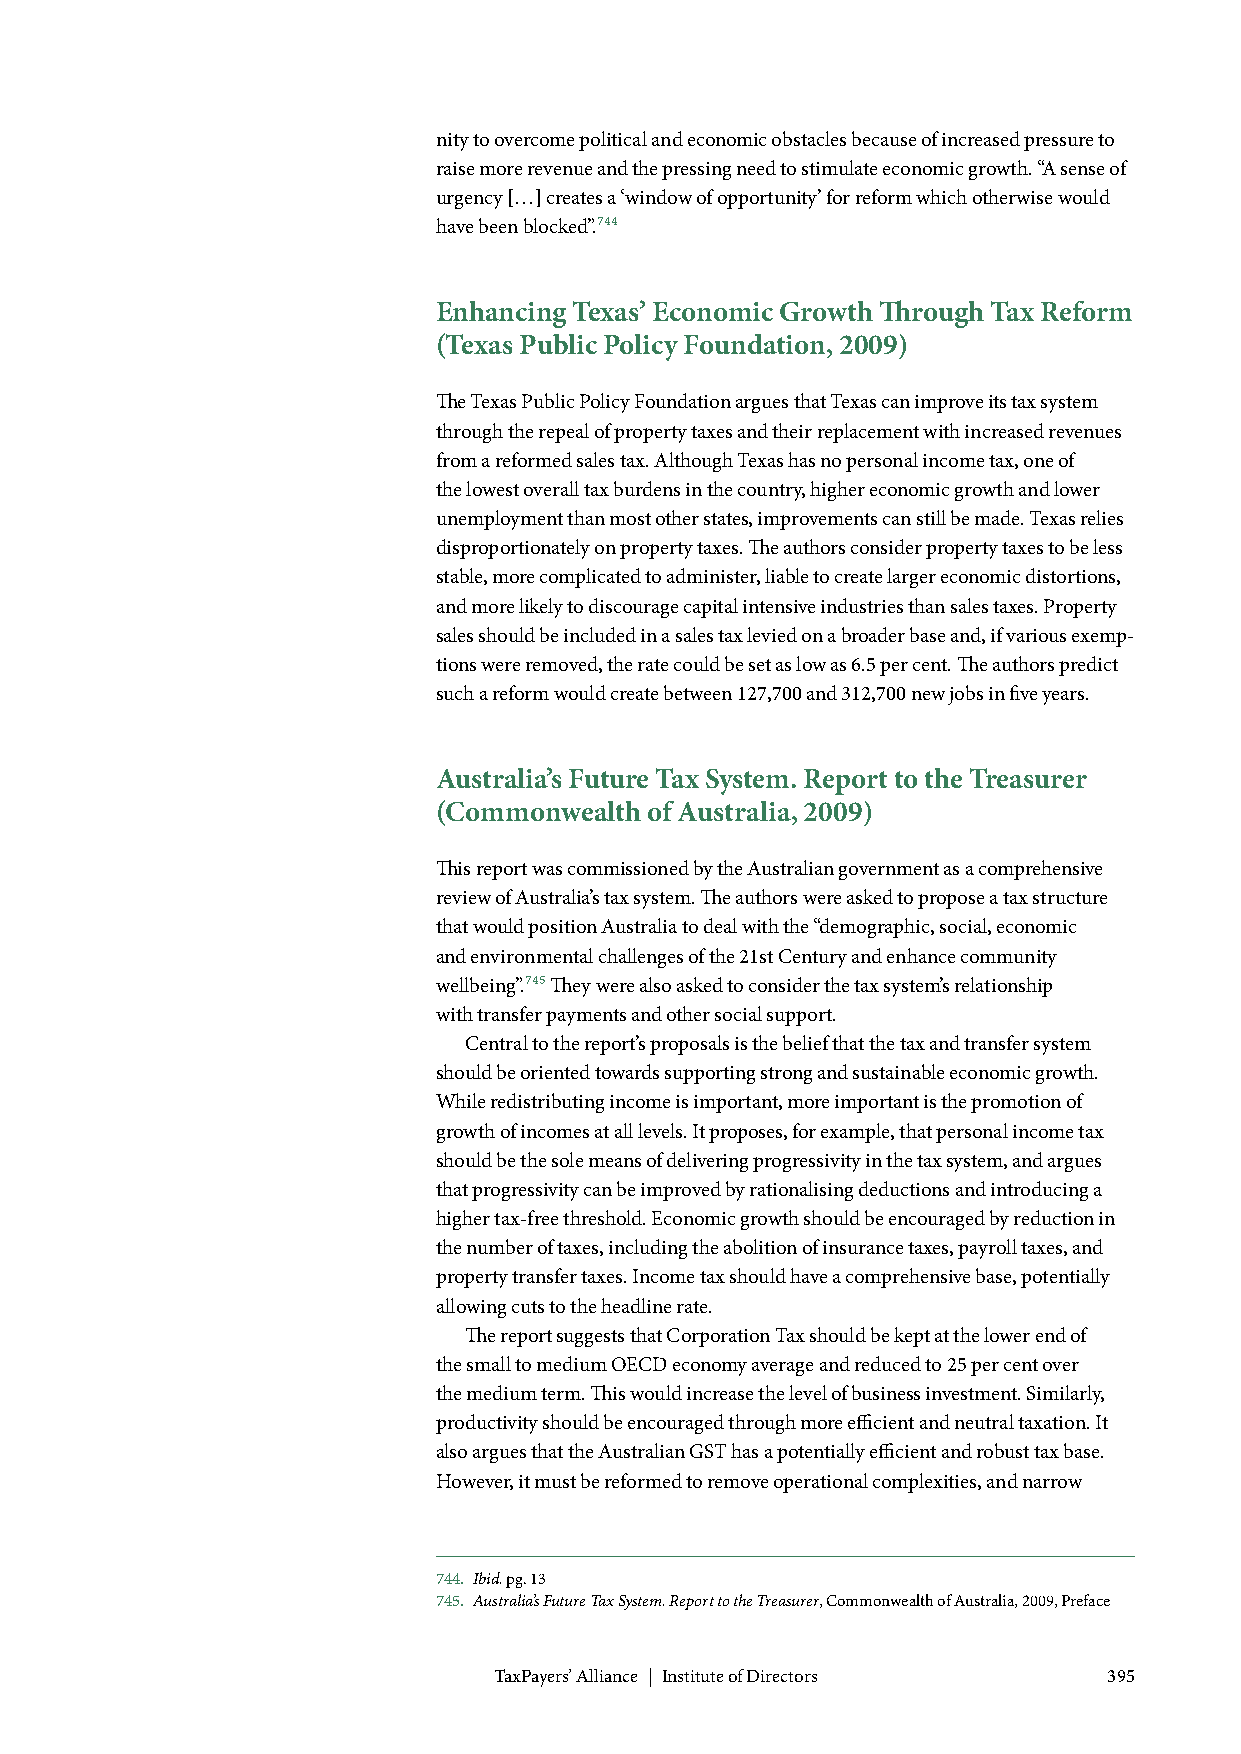
nity to overcome political and economic obstacles because of increased pressure to
 raise more revenue and the pressing need to stimulate economic growth. “A sense of
 urgency […] creates a ‘window of opportunity’ for reform which otherwise would
 have been blocked”.744
 Enhancing Texas’ Economic Growth Through Tax Reform
 (Texas Public Policy Foundation, 2009)
 The Texas Public Policy Foundation argues that Texas can improve its tax system
 through the repeal of property taxes and their replacement with increased revenues
 from a reformed sales tax. Although Texas has no personal income tax, one of
 the lowest overall tax burdens in the country, higher economic growth and lower
 unemployment than most other states, improvements can still be made. Texas relies
 disproportionately on property taxes. The authors consider property taxes to be less
 stable, more complicated to administer, liable to create larger economic distortions,
 and more likely to discourage capital intensive industries than sales taxes. Property
 sales should be included in a sales tax levied on a broader base and, if various exemp-
 tions were removed, the rate could be set as low as 6.5 per cent. The authors predict
 such a reform would create between 127,700 and 312,700 new jobs in five years.
 Australia’s Future Tax System. Report to the Treasurer
 (Commonwealth of Australia, 2009)
 This report was commissioned by the Australian government as a comprehensive
 review of Australia’s tax system. The authors were asked to propose a tax structure
 that would position Australia to deal with the “demographic, social, economic
 and environmental challenges of the 21st Century and enhance community
 wellbeing”.745 They were also asked to consider the tax system’s relationship
 with transfer payments and other social support.
 Central to the report’s proposals is the belief that the tax and transfer system
 should be oriented towards supporting strong and sustainable economic growth.
 While redistributing income is important, more important is the promotion of
 growth of incomes at all levels. It proposes, for example, that personal income tax
 should be the sole means of delivering progressivity in the tax system, and argues
 that progressivity can be improved by rationalising deductions and introducing a
 higher tax-free threshold. Economic growth should be encouraged by reduction in
 the number of taxes, including the abolition of insurance taxes, payroll taxes, and
 property transfer taxes. Income tax should have a comprehensive base, potentially
 allowing cuts to the headline rate.
 The report suggests that Corporation Tax should be kept at the lower end of
 the small to medium OECD economy average and reduced to 25 per cent over
 the medium term. This would increase the level of business investment. Similarly,
 productivity should be encouraged through more efficient and neutral taxation. It
 also argues that the Australian GST has a potentially efficient and robust tax base.
 However, it must be reformed to remove operational complexities, and narrow
 744. Ibid. pg. 13
 745. Australia’s Future Tax System. Report to the Treasurer, Commonwealth of Australia, 2009, Preface
 TaxPayers’ Alliance | Institute of Directors 395